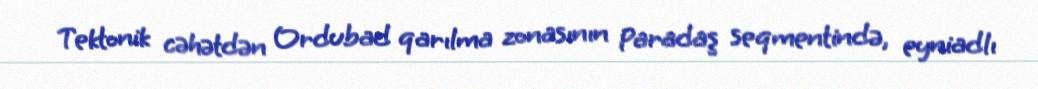
Tektonik cəhətdən Ordubad qarılma zonasının Paradaş seqmentində, eyniadlı